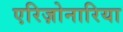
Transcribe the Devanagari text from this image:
एरिज़ोनारिया